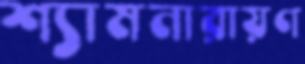
শ্যামনারায়ণ